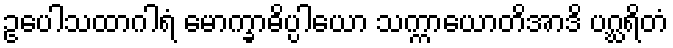
ဥပေါသထာဂါရံ မောက္ခာဓိပ္ပါယော သက္ကာယောတိအာဒိ ပဂ္ဃရိတံ